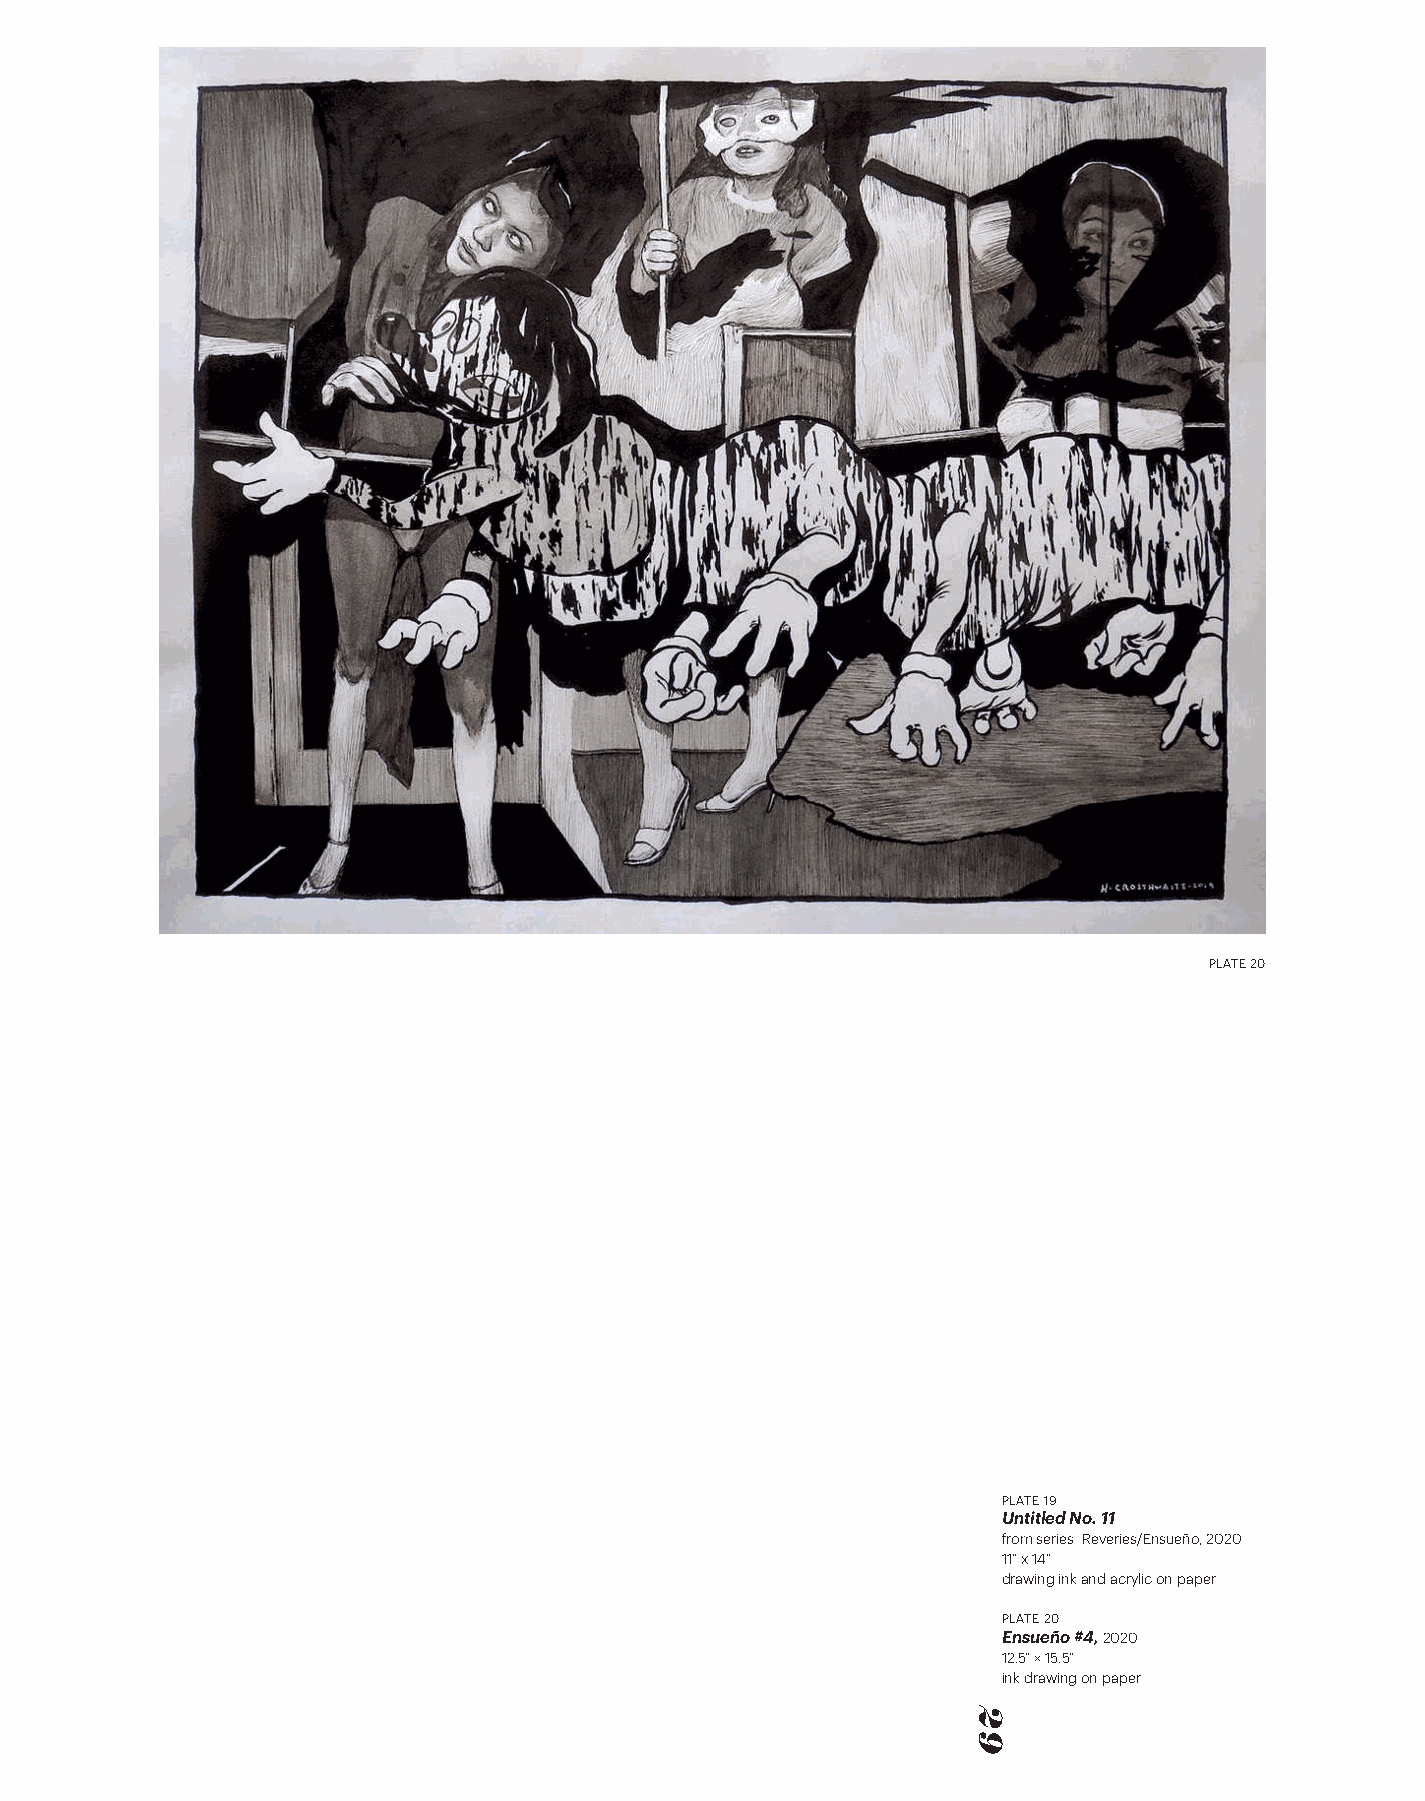
PLATE 20
 PLATE 19
 Untitled No. 11
 from series Reveries/Ensueño, 2020
 11” x 14”
 drawing ink and acrylic on paper
 PLATE 20
 Ensueño #4, 2020
 12.5” × 15.5”
 ink drawing on paper
 29